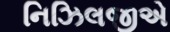
નિઝિલજીએ